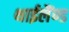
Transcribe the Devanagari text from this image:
थाईलैंण्ड